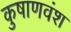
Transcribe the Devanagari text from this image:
कुषाणवंश